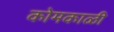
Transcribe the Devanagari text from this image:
कोमकाळी